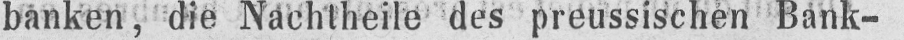
banken, die Nachtheile des preussischen Bank-